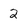
Character: 2